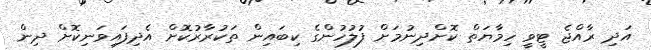
އަދި ރާއްޖެ ޓީވީ ހިމާޔަތް ކޮށްދިނުމަށް ފުލުހުންގެ ކިބައިން ތަކުރާރުކޮށް އެދިފައިވަނިކޮށް ދިން